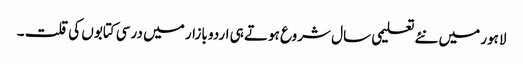
لاہور میں نئے تعلیمی سال شروع ہوتے ہی اردو بازار میں درسی کتابوں کی قلت ۔